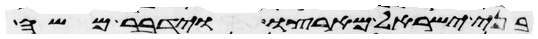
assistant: בני ישראל מארצו וידבר משה